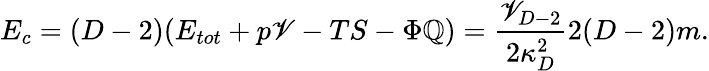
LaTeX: E_{c}=(D-2)(E_{tot}+p\mathscr{V}-TS-\Phi\mathbb{Q})={\frac{{\mathscr{V}_{D-2}}}{{2\kappa_{D}^{2}}}}2(D-2)m.